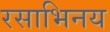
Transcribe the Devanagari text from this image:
रसाभिनय